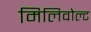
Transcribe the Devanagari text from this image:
मिलिवोल्ट